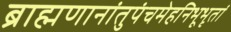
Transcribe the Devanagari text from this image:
ब्राह्मणानांतुपंचमेहनिभूभृतां